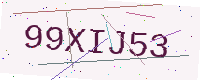
Text: 99XIJ53